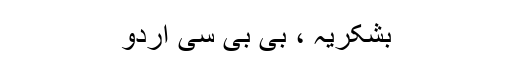
بشکریہ ، بی بی سی اردو